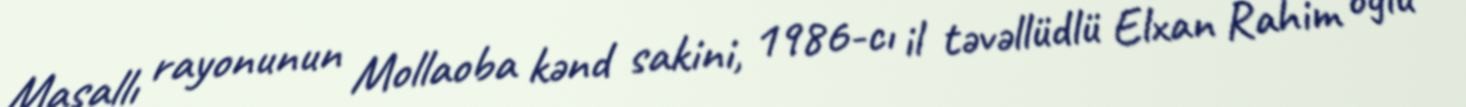
Masallı rayonunun Mollaoba kənd sakini, 1986-cı il təvəllüdlü Elxan Rahim oğlu